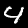
Label: 4